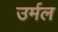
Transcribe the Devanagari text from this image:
उर्मल